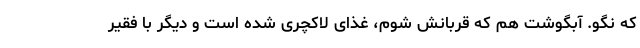
که نگو. آبگوشت هم که قربانش شوم، غذای لاکچری شده است و دیگر با فقیر